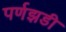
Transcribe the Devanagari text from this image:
पर्णझडी